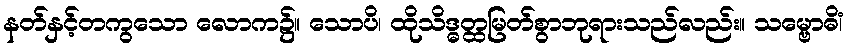
နတ်နှင့်တကွသော လောက၌။ သောပိ၊ ထိုသိဒ္ဓတ္ထမြတ်စွာဘုရားသည်လည်း။ သမ္ဗောဓိံ၊